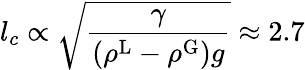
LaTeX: l_{c}\propto\sqrt{\frac{\gamma}{(\rho^{\mathrm{L}}-\rho^{\mathrm{G}})g}}\approx 2.7